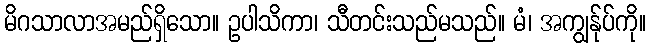
မိဂသာလာအမည်ရှိသော။ ဥပါသိကာ၊ သီတင်းသည်မသည်။ မံ၊ အကျွန်ုပ်ကို။